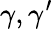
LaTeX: \gamma,\gamma^{\prime}